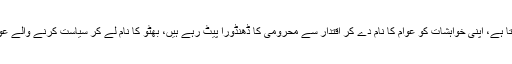
انہوں نے کہا کہ ایسے عناصر کو اقتدار سے باہر ہونے پر عوامی درد نظر آتا ہے، اپنی خواہشات کو عوام کا نام دے کر اقتدار سے محرومی کا ڈھنڈورا پیٹ رہے ہیں، بھٹو کا نام لے کر سیاست کرنے والے عوامی مسائل سے آگاہ نہیں، سندھ میں اگر بھٹو زندہ ہے تو غریب مر چکا ہے۔